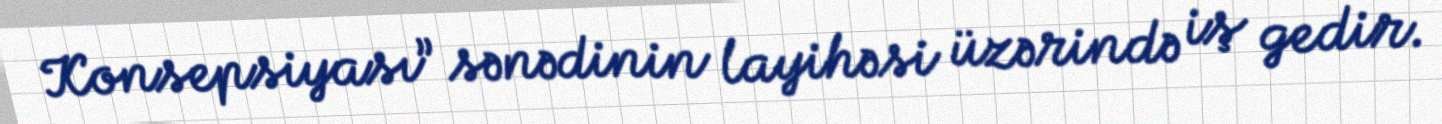
Konsepsiyası” sənədinin layihəsi üzərində iş gedir.